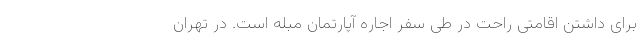
برای داشتن اقامتی راحت در طی سفر اجاره آپارتمان مبله است. در تهران